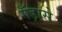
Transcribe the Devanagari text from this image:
गँड़ासे